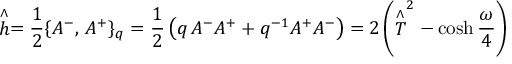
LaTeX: \stackrel { \wedge } { h } = \frac { 1 } { 2 } \{ A ^ { - } , \, A ^ { + } \} _ { q } = \frac { 1 } { 2 } \left( q \, A ^ { - } A ^ { + } + q ^ { - 1 } A ^ { + } A ^ { - } \right) = 2 \left( \stackrel { \wedge } { T } ^ { 2 } - \cosh \frac { \omega } { 4 } \right)